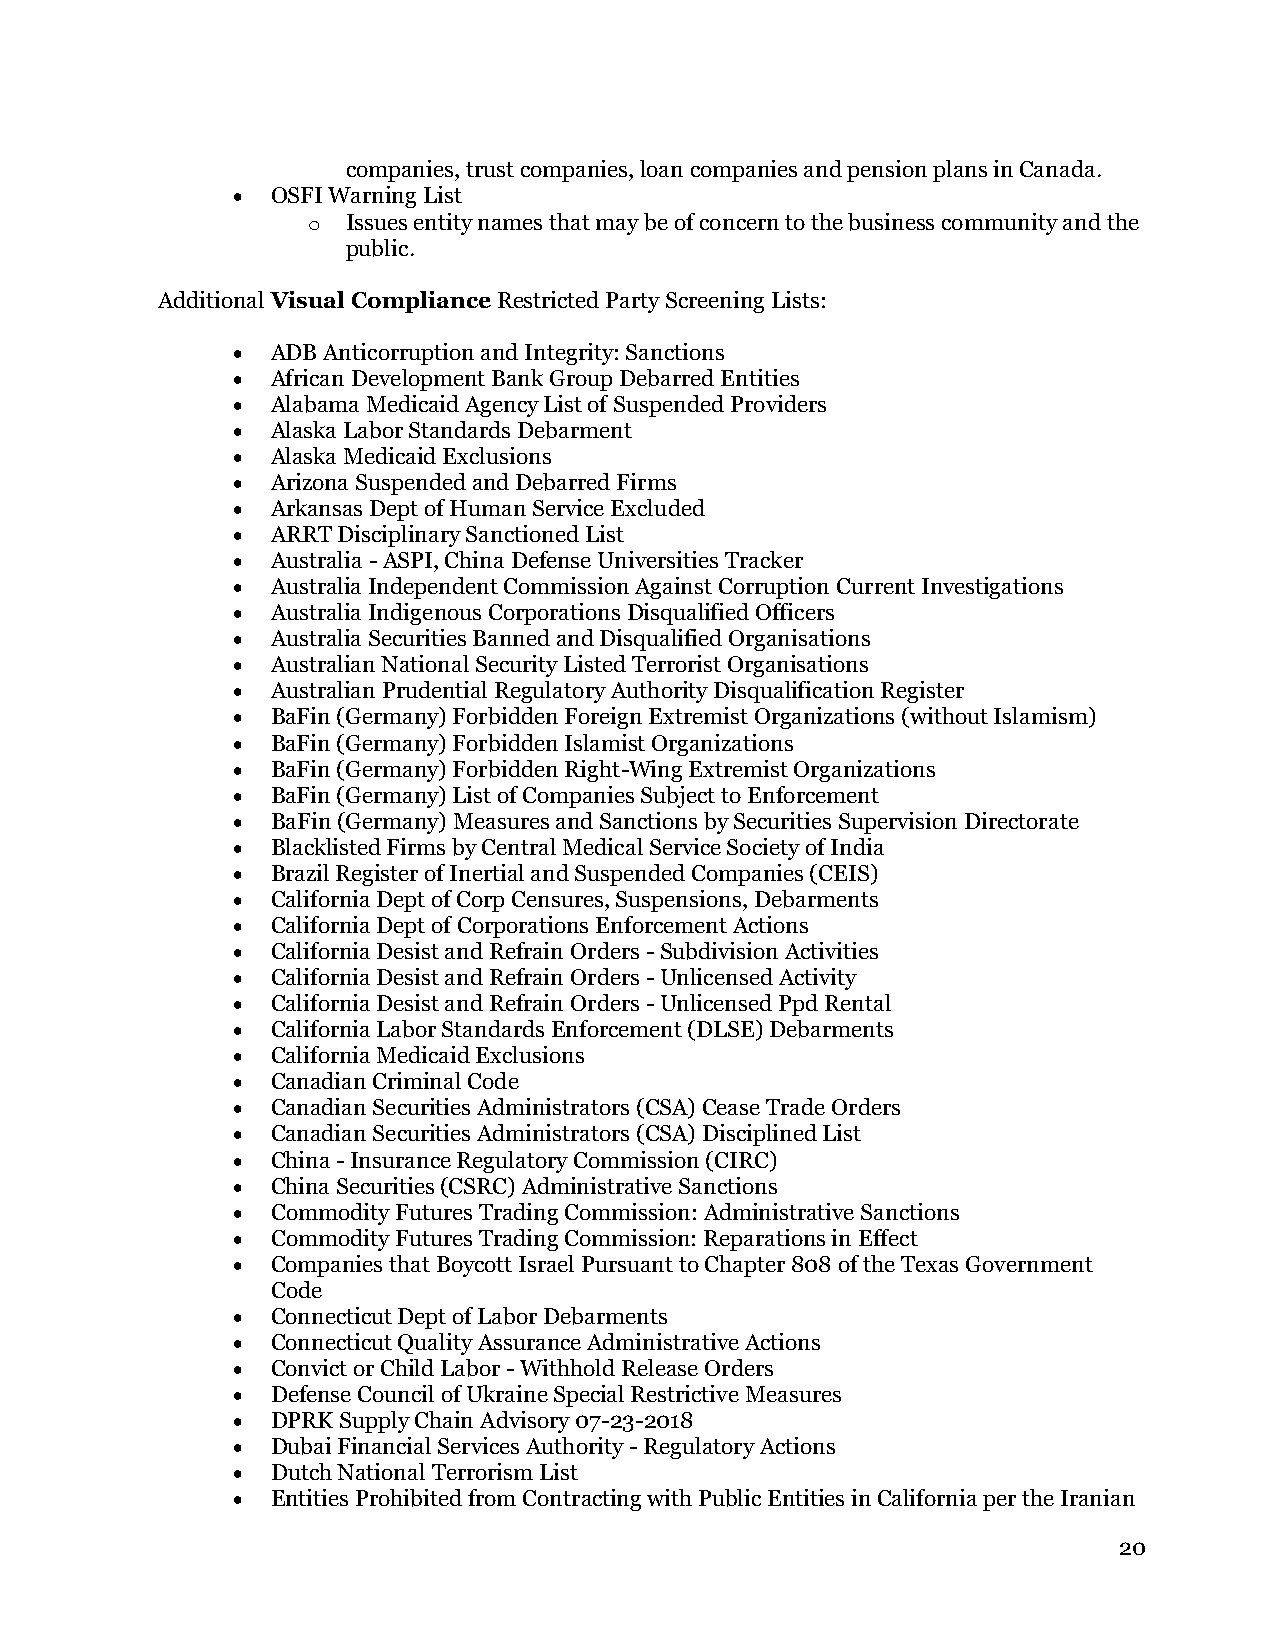
companies, trust companies, loan companies and pension plans in Canada.
 •  OSFI Warning List
 o  Issues entity names that may be of concern to the business community and the
 public.
 Additional Visual Compliance Restricted Party Screening Lists:
 •  ADB Anticorruption and Integrity: Sanctions
 •  African Development Bank Group Debarred Entities
 •  Alabama Medicaid Agency List of Suspended Providers
 •  Alaska Labor Standards Debarment
 •  Alaska Medicaid Exclusions
 •  Arizona Suspended and Debarred Firms
 •  Arkansas Dept of Human Service Excluded
 •  ARRT Disciplinary Sanctioned List
 •  Australia - ASPI, China Defense Universities Tracker
 •  Australia Independent Commission Against Corruption Current Investigations
 •  Australia Indigenous Corporations Disqualified Officers
 •  Australia Securities Banned and Disqualified Organisations
 •  Australian National Security Listed Terrorist Organisations
 •  Australian Prudential Regulatory Authority Disqualification Register
 •  BaFin (Germany) Forbidden Foreign Extremist Organizations (without Islamism)
 •  BaFin (Germany) Forbidden Islamist Organizations
 •  BaFin (Germany) Forbidden Right-Wing Extremist Organizations
 •  BaFin (Germany) List of Companies Subject to Enforcement
 •  BaFin (Germany) Measures and Sanctions by Securities Supervision Directorate
 •  Blacklisted Firms by Central Medical Service Society of India
 •  Brazil Register of Inertial and Suspended Companies (CEIS)
 •  California Dept of Corp Censures, Suspensions, Debarments
 •  California Dept of Corporations Enforcement Actions
 •  California Desist and Refrain Orders - Subdivision Activities
 •  California Desist and Refrain Orders - Unlicensed Activity
 •  California Desist and Refrain Orders - Unlicensed Ppd Rental
 •  California Labor Standards Enforcement (DLSE) Debarments
 •  California Medicaid Exclusions
 •  Canadian Criminal Code
 •  Canadian Securities Administrators (CSA) Cease Trade Orders
 •  Canadian Securities Administrators (CSA) Disciplined List
 •  China - Insurance Regulatory Commission (CIRC)
 •  China Securities (CSRC) Administrative Sanctions
 •  Commodity Futures Trading Commission: Administrative Sanctions
 •  Commodity Futures Trading Commission: Reparations in Effect
 •  Companies that Boycott Israel Pursuant to Chapter 808 of the Texas Government
 Code
 •  Connecticut Dept of Labor Debarments
 •  Connecticut Quality Assurance Administrative Actions
 •  Convict or Child Labor - Withhold Release Orders
 •  Defense Council of Ukraine Special Restrictive Measures
 •  DPRK Supply Chain Advisory 07-23-2018
 •  Dubai Financial Services Authority - Regulatory Actions
 •  Dutch National Terrorism List
 •  Entities Prohibited from Contracting with Public Entities in California per the Iranian
 20